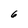
Character: 6